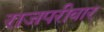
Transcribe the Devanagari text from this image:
राजपरीवार